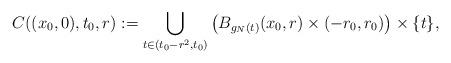
LaTeX: \begin{align*} C((x_0,0),t_0,r):= \displaystyle{\bigcup_{t\in (t_0-r^2,t_0)}} \left( B_{g_N(t)}(x_0,r)\times(-r_0,r_0)\right)\times \{t\},\end{align*}